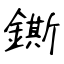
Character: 鐁